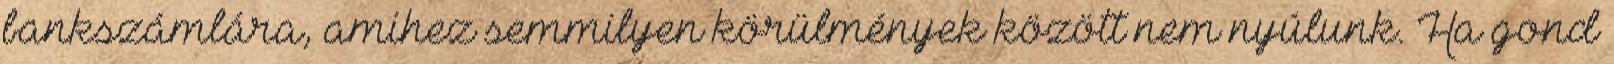
bankszámlára, amihez semmilyen körülmények között nem nyúlunk. Ha gond